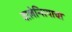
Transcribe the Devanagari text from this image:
वालेन्सियाचा